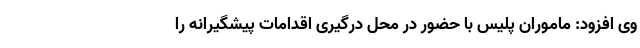
وی افزود: ماموران پلیس با حضور در محل درگیری اقدامات پیشگیرانه را